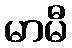
မာမီ